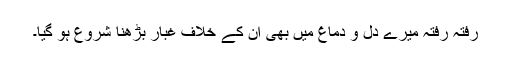
رفتہ رفتہ میرے دل و دماغ میں بھی ان کے خلاف غبار بڑھنا شروع ہو گیا۔